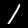
Label: 1